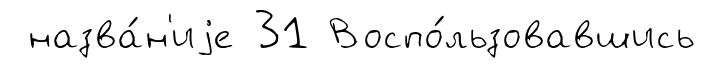
назва́н'иjе 31 Воспо́льзовавшись